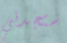
ستجدني